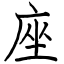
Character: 座